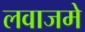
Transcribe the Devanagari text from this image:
लवाजमे